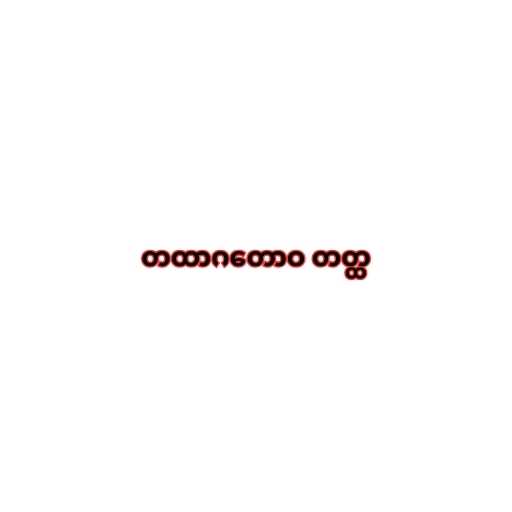
တထာဂတောဝ တတ္ထ